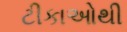
ટીકાઓથી